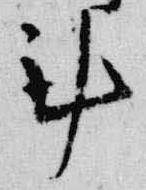
計